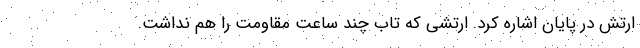
ارتش در پایان اشاره کرد. ارتشی که تاب چند ساعت مقاومت را هم نداشت.